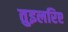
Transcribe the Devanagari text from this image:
तुइलरिए